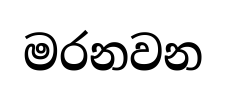
මරනවන